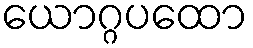
ယောဂ္ဂပထော